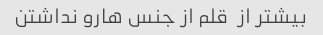
بیشتر از  قلم از جنس هارو نداشتن